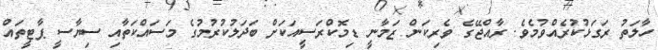
ހާލަތު ރަގަޅުކުރެއްވުމެވެ. ރާއްޖޭގެ ވެރިކަން ޒަމާނީ ޑިމޮކްރަސީއަކަށް ބަދަލުކުރުމުގެ މަސައްކަތާއި ސިޔާސީ ޕާޓީތައް